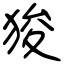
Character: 狻